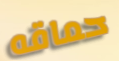
حماقه